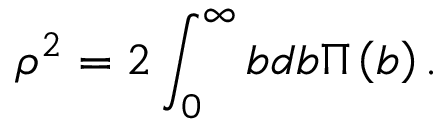
\rho ^ { 2 } = 2 \int _ { 0 } ^ { \infty } { b d b } \Pi \left( b \right) .